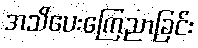
အသိပေးကြေညာခြင်း